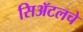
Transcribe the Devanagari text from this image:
सिॲटलचे